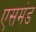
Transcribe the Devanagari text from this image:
एसमंड